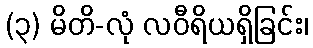
(၃) မိတိ-လုံ လဝီရိယရှိခြင်း၊